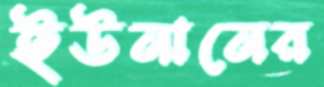
ইউনানের